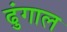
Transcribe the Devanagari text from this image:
ढुंगाल